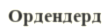
Ордендерд